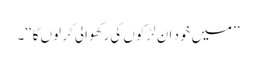
’’میں خود ان لڑکوں کی رکھوالی کر لوں گا‘‘۔